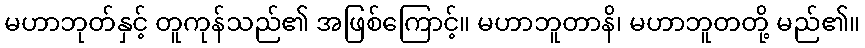
မဟာဘုတ်နှင့် တူကုန်သည်၏ အဖြစ်ကြောင့်။ မဟာဘူတာနိ၊ မဟာဘူတတို့ မည်၏။